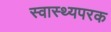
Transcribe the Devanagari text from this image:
स्वास्थ्यपरक